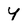
Character: Y